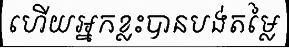
ហើយអ្នកខ្លះបានបង់តម្លៃ